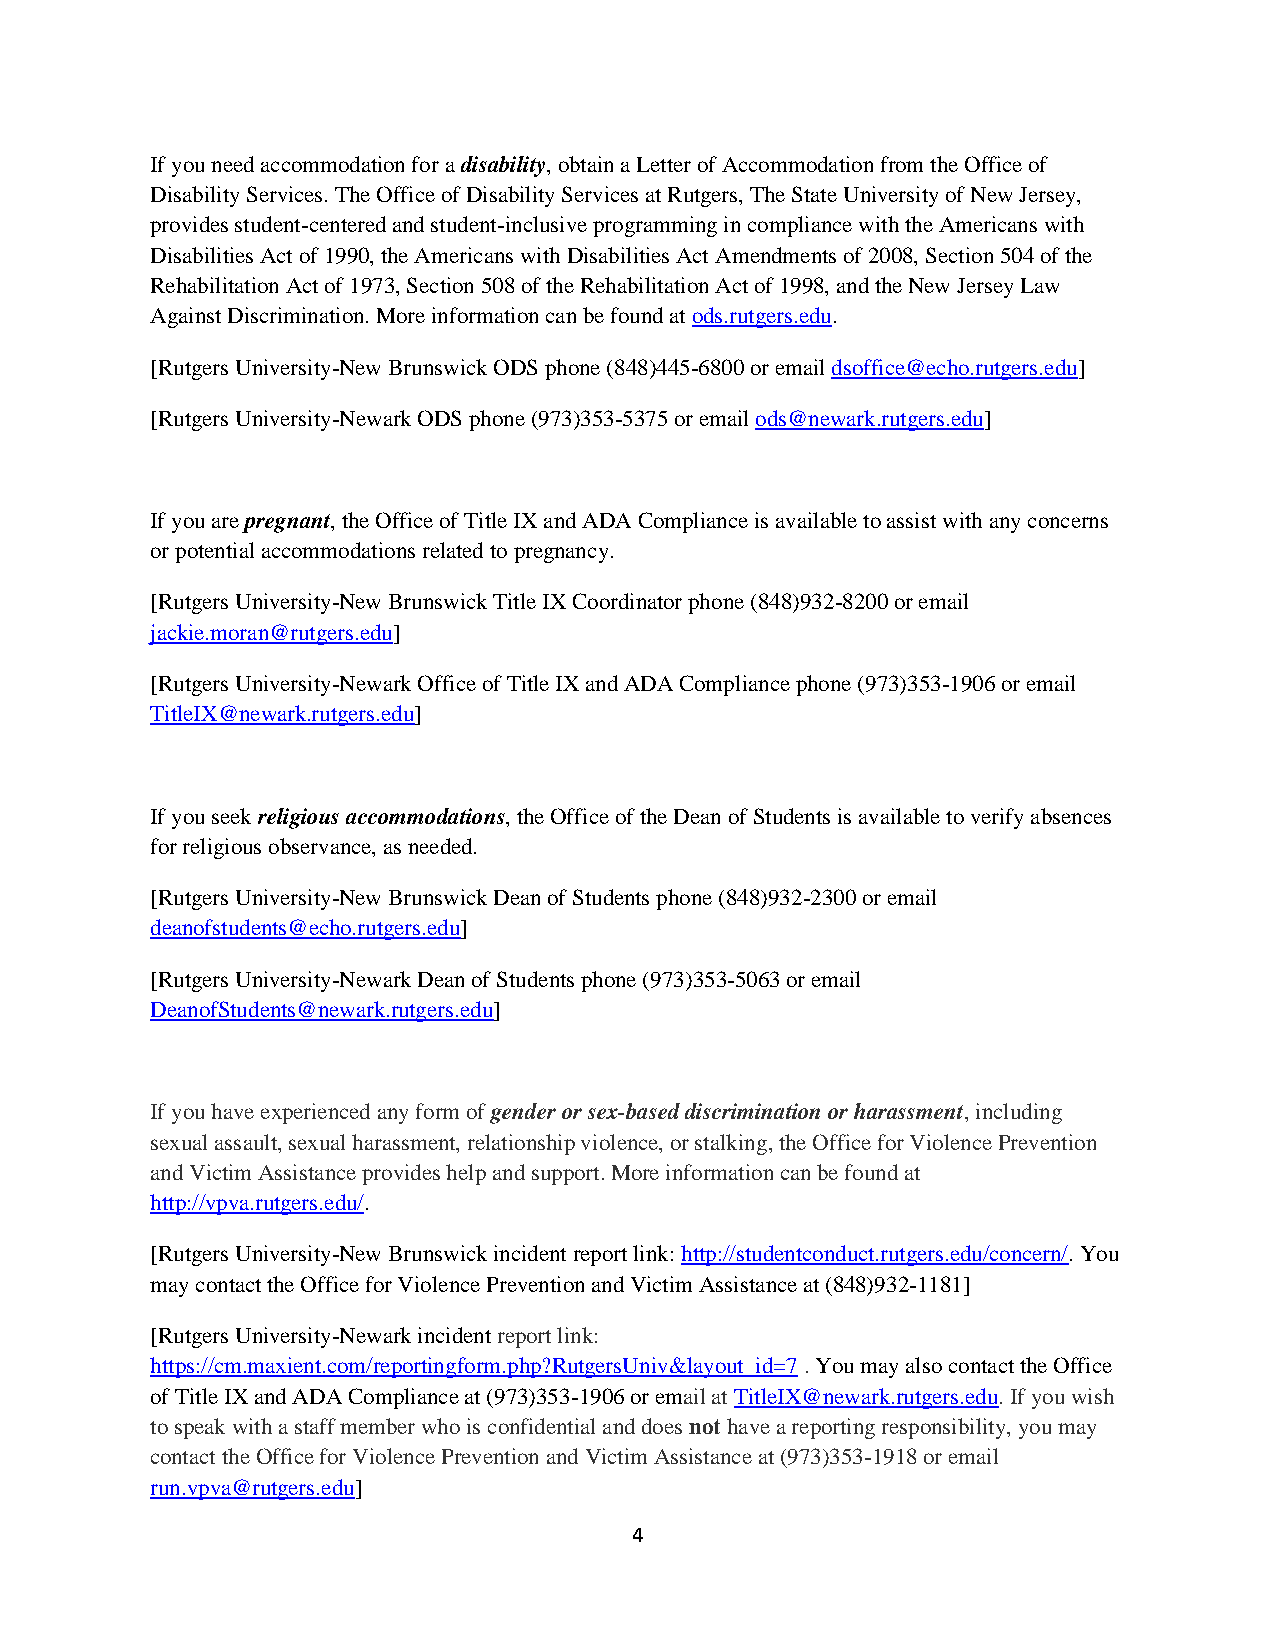
If you need accommodation for a disability, obtain a Letter of Accommodation from the Office of
 Disability Services. The Office of Disability Services at Rutgers, The State University of New Jersey,
 provides student-centered and student-inclusive programming in compliance with the Americans with
 Disabilities Act of 1990, the Americans with Disabilities Act Amendments of 2008, Section 504 of the
 Rehabilitation Act of 1973, Section 508 of the Rehabilitation Act of 1998, and the New Jersey Law
 Against Discrimination. More information can be found at ods.rutgers.edu.
 [Rutgers University-New Brunswick ODS phone (848)445-6800 or email dsoffice@echo.rutgers.edu]
 [Rutgers University-Newark ODS phone (973)353-5375 or email ods@newark.rutgers.edu]
 If you are pregnant, the Office of Title IX and ADA Compliance is available to assist with any concerns
 or potential accommodations related to pregnancy.
 [Rutgers University-New Brunswick Title IX Coordinator phone (848)932-8200 or email
 jackie.moran@rutgers.edu]
 [Rutgers University-Newark Office of Title IX and ADA Compliance phone (973)353-1906 or email
 TitleIX@newark.rutgers.edu]
 If you seek religious accommodations, the Office of the Dean of Students is available to verify absences
 for religious observance, as needed.
 [Rutgers University-New Brunswick Dean of Students phone (848)932-2300 or email
 deanofstudents@echo.rutgers.edu]
 [Rutgers University-Newark Dean of Students phone (973)353-5063 or email
 DeanofStudents@newark.rutgers.edu]
 If you have experienced any form of gender or sex-based discrimination or harassment, including
 sexual assault, sexual harassment, relationship violence, or stalking, the Office for Violence Prevention
 and Victim Assistance provides help and support. More information can be found at
 http://vpva.rutgers.edu/.
 [Rutgers University-New Brunswick incident report link: http://studentconduct.rutgers.edu/concern/. You
 may contact the Office for Violence Prevention and Victim Assistance at (848)932-1181]
 [Rutgers University-Newark incident report link:
 https://cm.maxient.com/reportingform.php?RutgersUniv&layout_id=7 . You may also contact the Office
 of Title IX and ADA Compliance at (973)353-1906 or email at TitleIX@newark.rutgers.edu. If you wish
 to speak with a staff member who is confidential and does not have a reporting responsibility, you may
 contact the Office for Violence Prevention and Victim Assistance at (973)353-1918 or email
 run.vpva@rutgers.edu]
 4